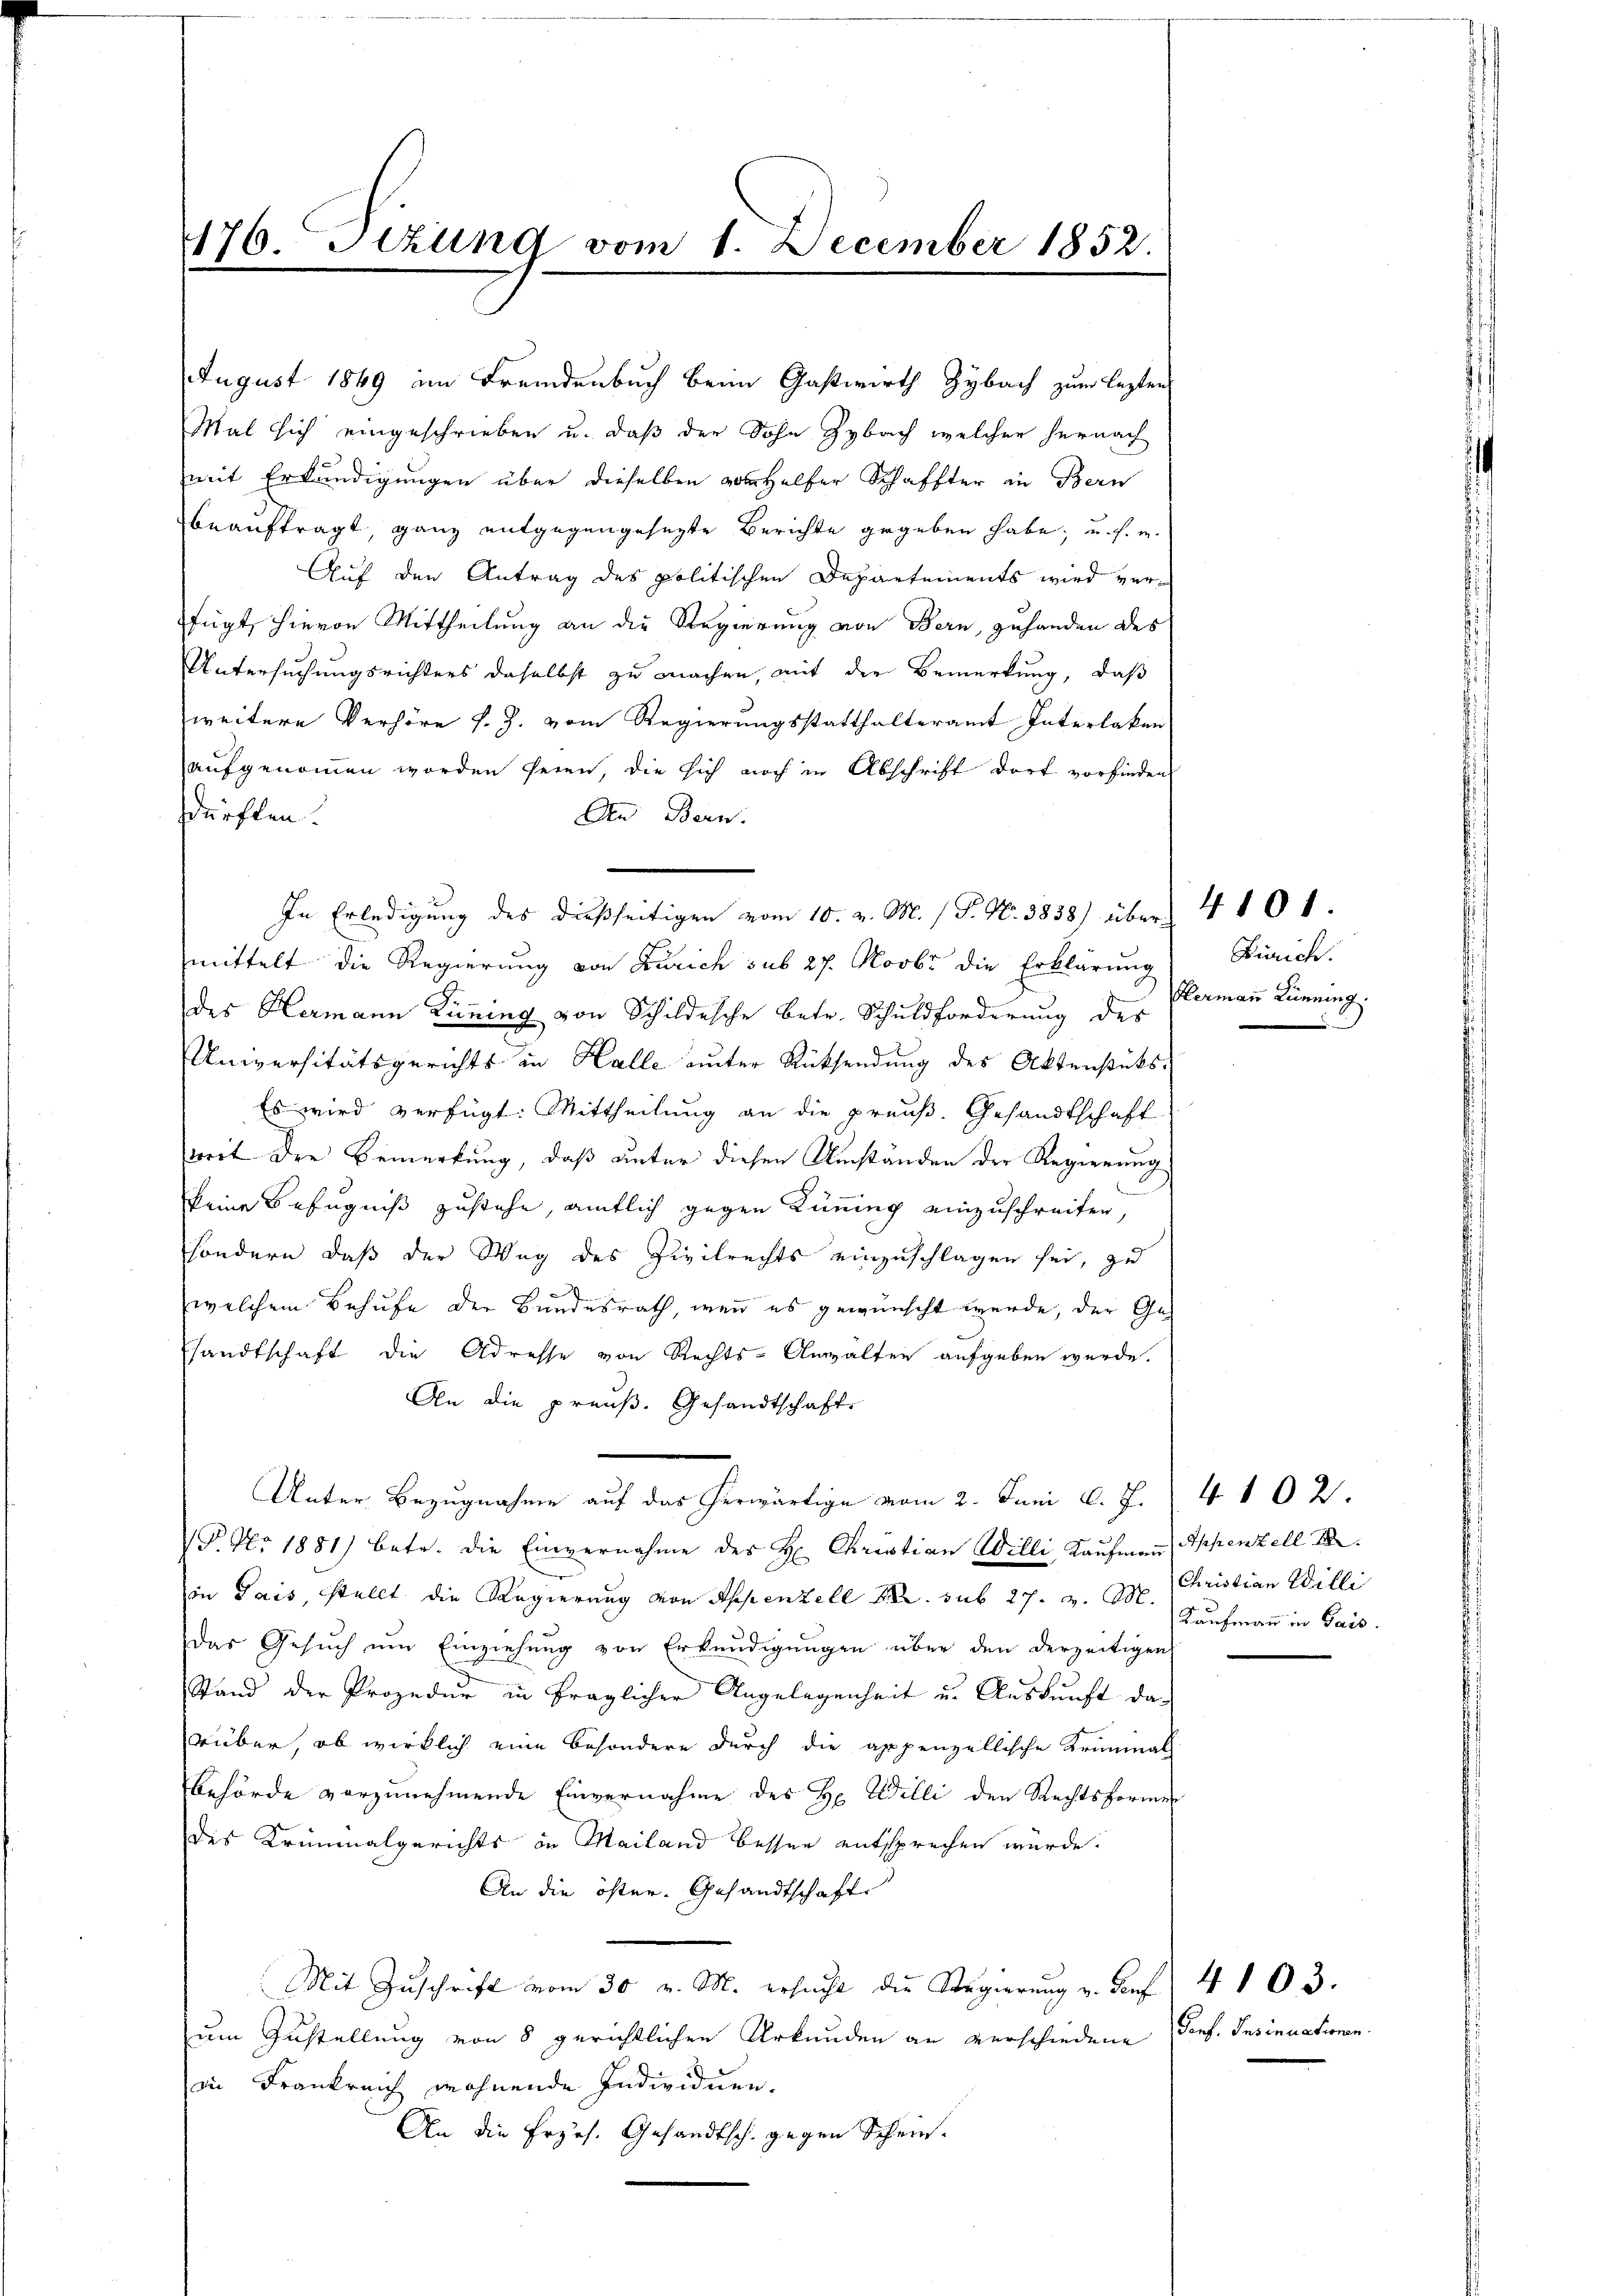
476. Sekung vom 1. December 1852.
s

Mal sich eingeschrieben u. daß der Sohn Zybach welcher hernach
mit Erkundigungen über dieselben von Helfer Schaffter in Bern
beauftragt, ganz entgegengesezte Berichte gegeben habe, u. s. w.
Auf den Antrag des politischen Departements wird verfügt, hievon Mittheilung an die Regierung von Bern, zuhanden des
Untersuchungsrichters daselbst zu machen, mit der Bemerkung, daß
weitere Verhöre s. Z. vom Regierungsstatthalteramt Interlaken
aufgenommen worden seien, die sich noch in Abschrift dort vorfinden
dürften.
An Bern.
In Erledigung des dießseitigen vom 10. v. M. / P. Nr. 3838) über 4 101.
mittelt die Regierung von Zürich sub 27. Novbr die Erklärung
des Hermann Züning von Schildesche betr. Schuldforderung des
Universitätsgerichts in Halle unter Rücksendung des Aktenstüks¬
Es wird verfügt: Mittheilung an die preuß. Gesandtschaft
weit die Bemerkung, daß unter diesen Umständen der Regierung
keine Befugniß zustehe, amtlich gegen Kinnung einzuschreiten
sondern, daß der Weg des Zivilrechts einzuschlagen sei, zu
welchem Behufe der Bundesrath, wenn es gewünscht werde, der Gesandtschaft die Adresse von Rechts-Anwalten aufgeben werde.
An die preuß. Gesandtschafts
Unter Bezugnahme auf das herwärtige vom 2. Juni l. J.
P. Nr. 1881) betr. die Einvernahme des H. Christian Willi, Kaufmann Appenzell A.
Von Jais, stellt die Regierung von Appenzell M. sub 27. v. M. Kaufmann in Gais
Das Gesuch um Einziehung von Erkundigungen über den derzeitigen
Stand der Prozedur in fraglicher Angelegenheit u. Auskunft da-
rüber, ob wirklich eine besondere durch die appenzellische Kriminal
Behörde vorzunehmende Einvernahme des Hr. Willi den Rechtsformen
des Kriminalgerichts in Mailand besser entsprechen würde.
An die öster. Gesandtschaft
Mit Zŭschrift vom 30. v. M. ersucht die Regierung u. Dorf 4. 103.
um Zustellung von 8 gerichtlichen Urkunden an verschiedene Porf. Insinuationen
in Frankreich wohnende Individuen.
An die Erzes. Gesandtsch gegen Schein.

August 1849 im Fremdenbuch beim Gastwirth Zybach zum lezten

Zürich.
Hermann Lunning

Christian Willi

4102.

2)